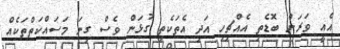
އެއީ ވަރަށް ބޮޑެތި އެއްޗިހި އަދި އެތަކެތި ގުޅަން ވެސް ގިނަ މަސައްކަތްތަކެއް